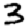
Digit: 3